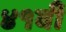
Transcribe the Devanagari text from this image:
४१वीं